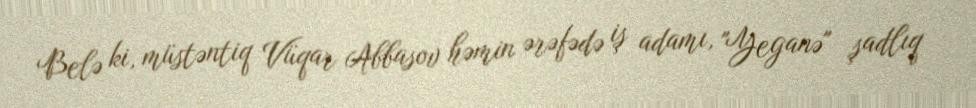
Belə ki, müstəntiq Vüqar Abbasov həmin ərəfədə iş adamı, "Yeganə" şadlıq